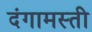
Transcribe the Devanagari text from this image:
दंगामस्ती